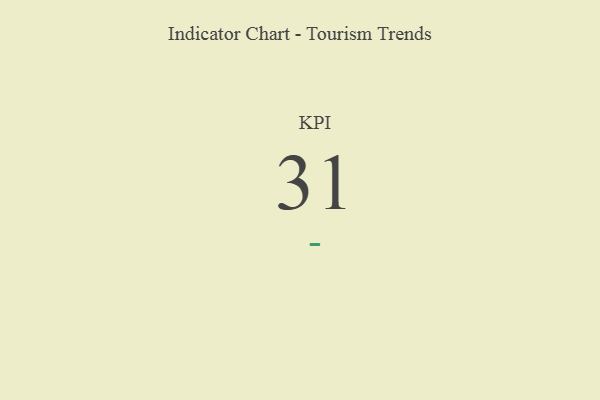
{"axis": {"x": "KPI", "y": "Value"}, "legend": [""], "data": [{"x": "KPI", "y": 31, "type": ""}]}